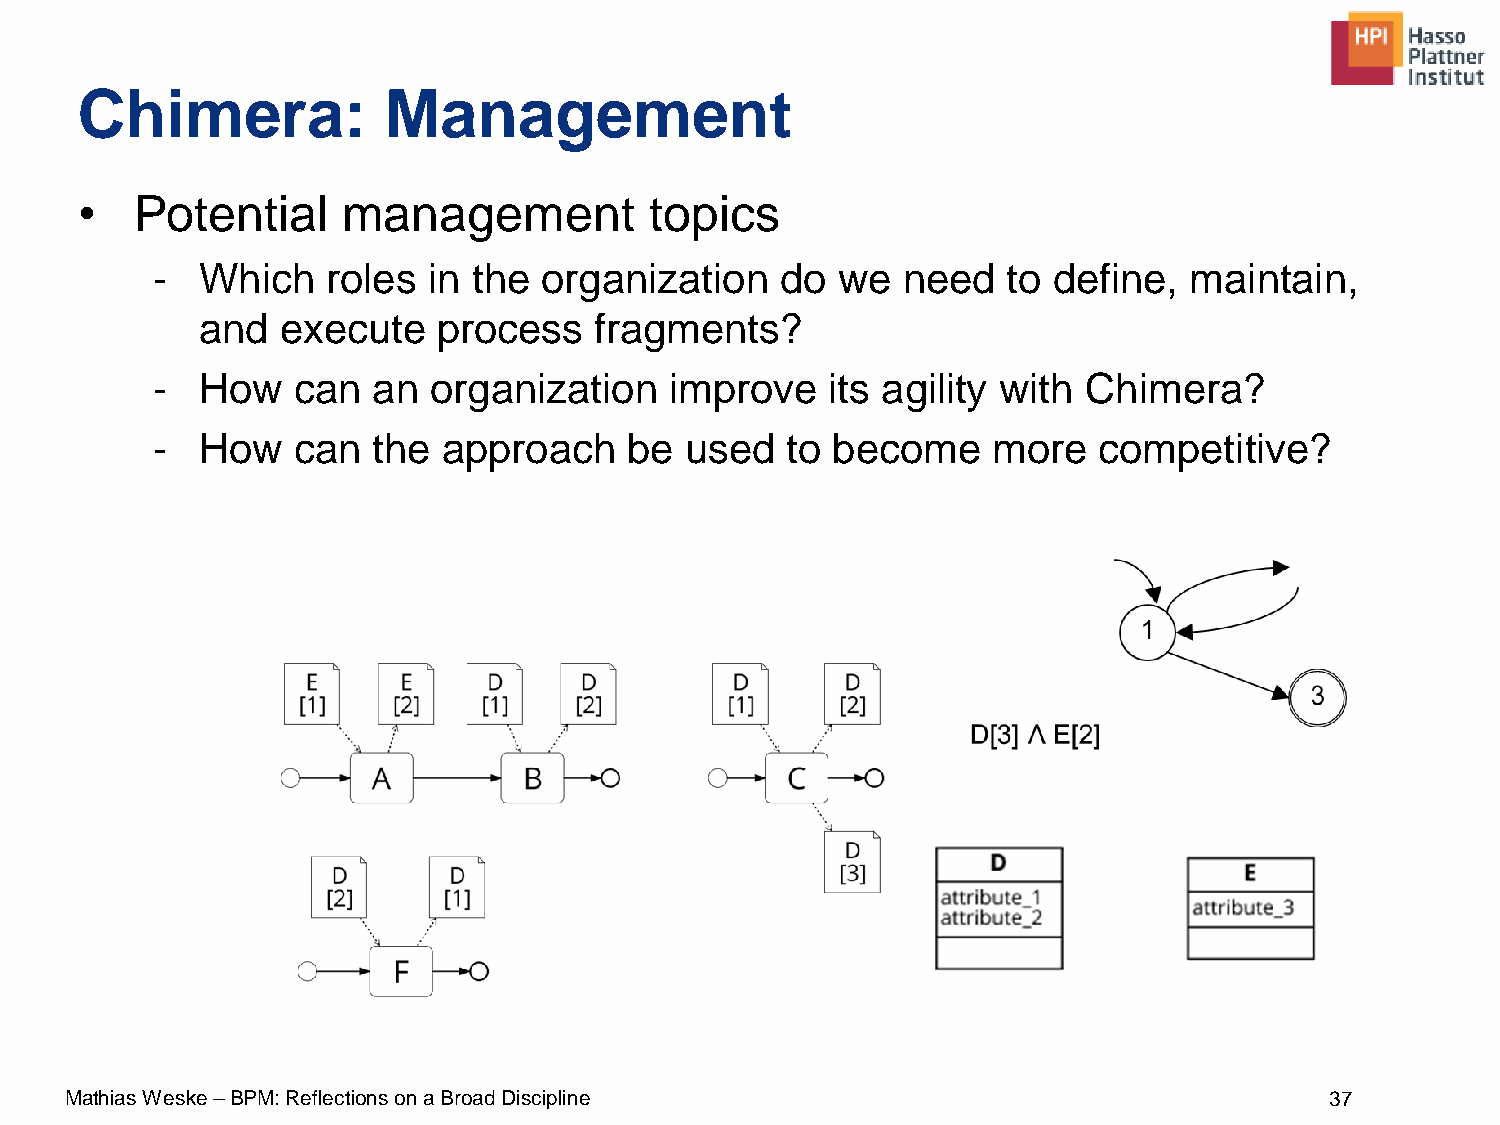
Chimera:            Management
 •   Potential     management          topics
 -  Which    roles in the  organization    do we   need   to define,  maintain,
 and   execute   process   fragments?
 -  How   can   an organization    improve    its agility with Chimera?
 -  How   can   the approach     be used   to become     more   competitive?
 Mathias Weske –BPM: Reflections on a Broad Discipline                               37